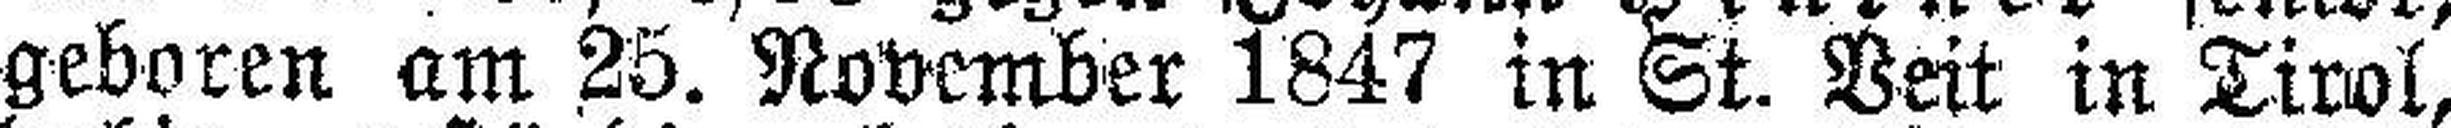
geboren am 25. November 1847 in St. Veit in Tirol,